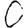
Digit: 0